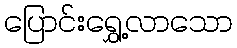
ပြောင်းရွှေ့လာသော